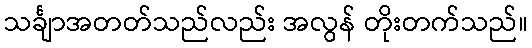
သင်္ချာအတတ်သည်လည်း အလွန် တိုးတက်သည်။